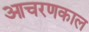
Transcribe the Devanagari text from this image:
आचरणकाल